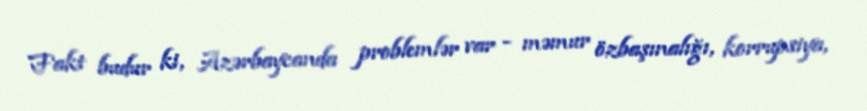
Fakt budur ki, Azərbaycanda problemlər var - məmur özbaşınalığı, korrupsiya,